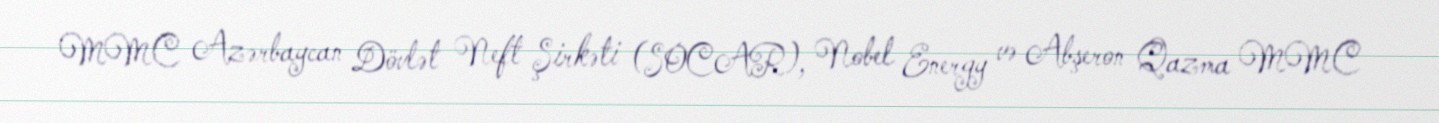
MMC Azərbaycan Dövlət Neft Şirkəti (SOCAR), Nobel Energy və Abşeron Qazma MMC